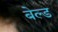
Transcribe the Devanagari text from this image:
बेल्ड